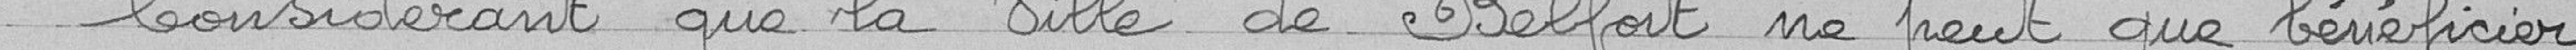
Considérant que la ville de Belfort ne peut que bénéficier